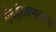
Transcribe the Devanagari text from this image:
मॅनहॅटनमधल्या